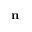
\mathbf { n }